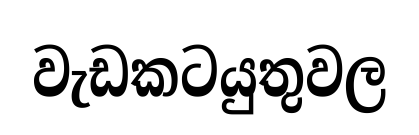
වැඩකටයුතුවල